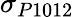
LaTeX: \sigma_{P1012}